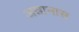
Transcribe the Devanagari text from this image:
अन्नानास